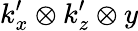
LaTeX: k_{x}^{\prime}\otimes k_{z}^{\prime}\otimes y